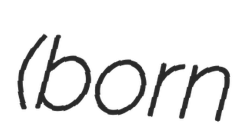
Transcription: (born